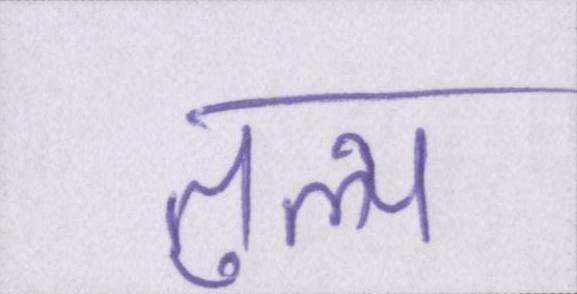
तुल्य